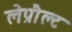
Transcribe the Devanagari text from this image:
लेप्रौल्ट